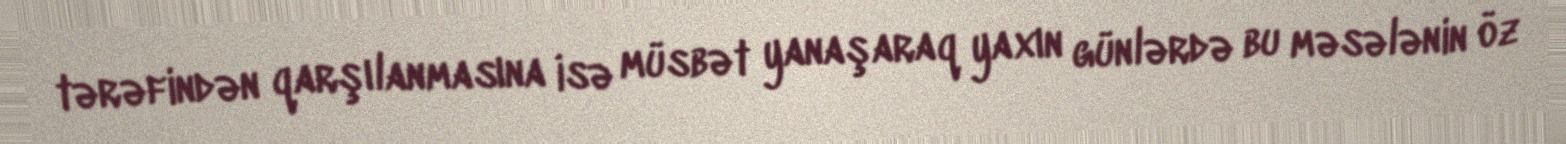
tərəfindən qarşılanmasına isə müsbət yanaşaraq yaxın günlərdə bu məsələnin öz